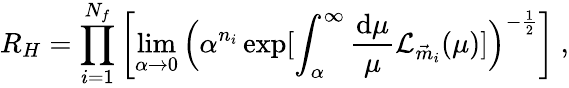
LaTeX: R_{H}=\prod_{i=1}^{N_{f}}\left[\operatorname*{lim}_{\alpha\rightarrow 0}\Big(\alpha^{n_{i}}\exp[\int_{\alpha}^{\infty}\frac{\mathrm{d}\mu}{\mu}{\cal L}_{\vec{m}_{i}}(\mu)]\Big)^{-\frac{1}{2}}\right]\ ,